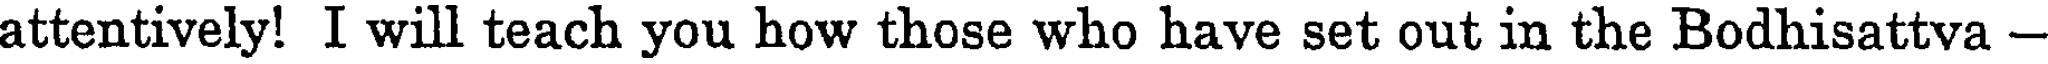
attentively! I will teach you how those who have set out in the Bodhisattva -